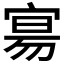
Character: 𫳞